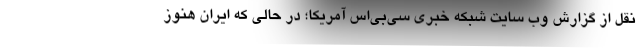
نقل از گزارش وب سایت شبکه خبری سی‌بی‌اس آمریکا؛ در حالی که ایران هنوز